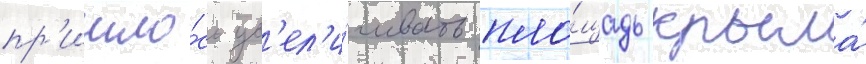
пр'ишло́сь ув'ел'и́чивать пло́щадь крыла́